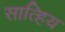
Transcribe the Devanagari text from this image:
सात्हिय